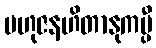
ဗဟုဇနဟိတာနုကမ္ပီ